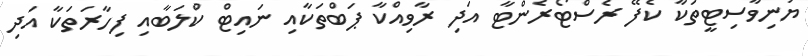
ޔުނިވާސިޓީތަކާ ކެފޭ ރެސްޓޯރެންޓާ އަދި ރާވިއްކާ ޕަބްތަކާއި ނައިޓް ކްލަބާއި ފިހާރަތަކާ އަދި